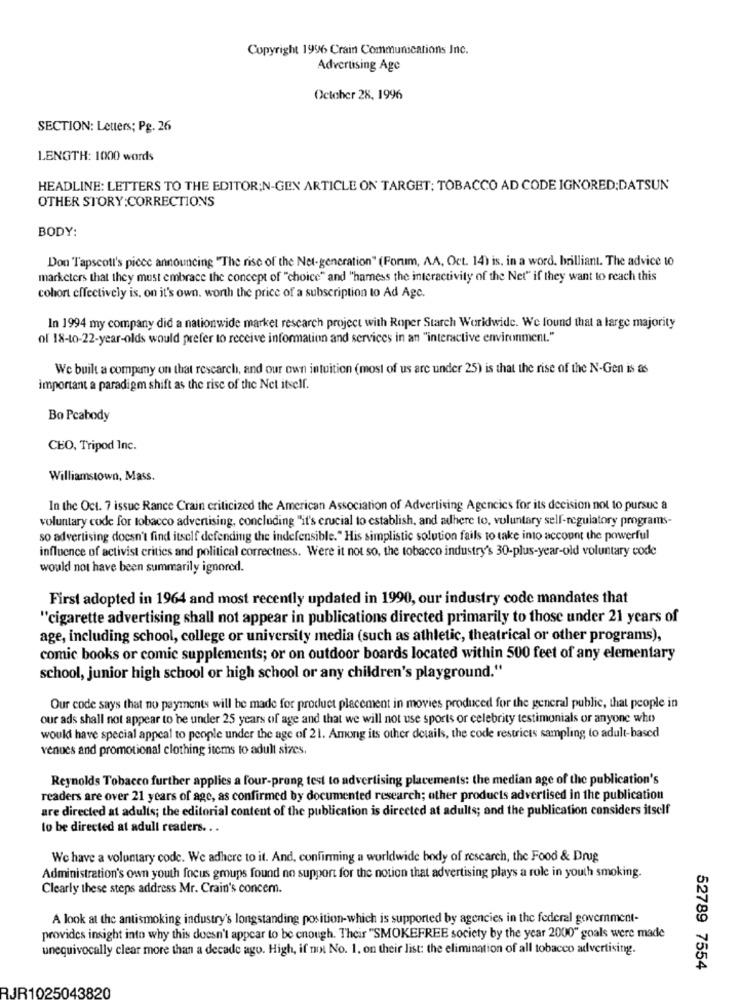
Copyright 1996 Crain Communications Inc.
Advertising Age
October 28, 1996
SECTION: Letters; Pg. 26
LENGTH: 1000 words
HEADLINE: LETTERS TO THE EDITOR;N-GEN ARTICLE ON TARGET; TOBACCO AD CODE IGNORED;DATSUN
OTHER STORY:CORRECTIONS
BODY:
Don Tapscott's piece announcing "The rise of the Net-generation" (Forum, AA, Oct. 14) is, in a word, brilliant. The advice to
marketers that they must embrace the concept of "choice" and "harness the interactivity of the Net" if they want to reach this
cohort effectively is. on it's own. worth the price of a subscription to Ad Agc.
In 1994 my company did a nationwide market research project with Roper Starch Worldwide. We found that a large majority
of 18-to-22-year-olds would prefer to receive information and services in an "interactive environment."
We built a company on that research, and our own intuition (most of us are under 25) is that the rise of the N-Gen is as
important a paradigm shift as the rise of the Net itself.
Bo Peabody
CEO, Tripod Inc.
Williamstown, Mass.
In the Oct. 7 issue Rance Crain criticized the American Association of Advertising Agencies for its decision not to pursue a
voluntary code for tobacco advertising, concluding "it's crucial to establish, and adhere to, voluntary self-regulatory programs-
so advertising doesn't find itself defending the indefensible." His simplistic solution fails to take into account the powerful
influence of activist critics and political correctness. Were it not so, the tobacco industry's 30-plus-year-old voluntary code
would not have been summarily ignored.
First adopted in 1964 and most recently updated in 1990, our industry code mandates that
"cigarette advertising shall not appear in publications directed primarily to those under 21 years of
age, including school, college or university media (such as athletic, theatrical or other programs),
comic books or comic supplements; or on outdoor boards located within 500 feet of any elementary
school, junior high school or high school or any children's playground."
Our code says that no payments will be made for product placement in movies produced for the general public, that people in
our ads shall not appear to be under 25 years of age and that we will not use sports or celebrity testimonials or anyone who
would have special appeal to people under the age of 21. Among its other details, the code restricts sampling to adult-based
venues and promotional clothing items to adult sizes.
Reynolds Tobacco further applies a four-prong test to advertising placements: the median age of the publication's
readers are over 21 years of age, as confirmed by documented research; other products advertised in the publication
are directed at adults; the editorial content of the publication is directed at adults; and the publication considers itself
to be directed at adull readers. . .
We have a voluntary code. We adhere to it. And, confirming a worldwide body of research, the Food & Drug
Administration's own youth focus groups found no support for the notion that advertising plays a role in youth smoking.
Clearly these steps address Mr. Crain's concern.
A look at the antismoking industry's longstanding position-which is supported by agencies in the federal government-
provides insight into why this doesn't appear to be enough. Their "SMOKEFREE society by the year 2000" goals were made
unequivocally clear more than a decade ago. High, if not No. 1. on their list: the elimination of all tobacco advertising.
52789 7554
R1025043820